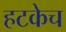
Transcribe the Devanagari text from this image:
हटकेच